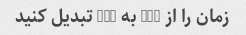
زمان را از GMT به EST تبدیل کنید